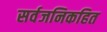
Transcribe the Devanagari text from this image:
सर्वजनिकहित